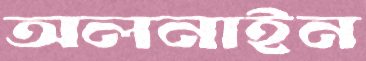
অলনাইন